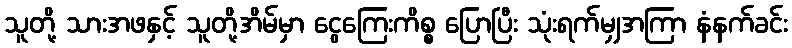
သူတို့ သားအဖနှင့် သူတို့အိမ်မှာ ငွေကြေးကိစ္စ ပြောပြီး သုံးရက်မျှအကြာ နံနက်ခင်း